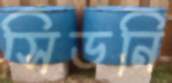
সিডনি